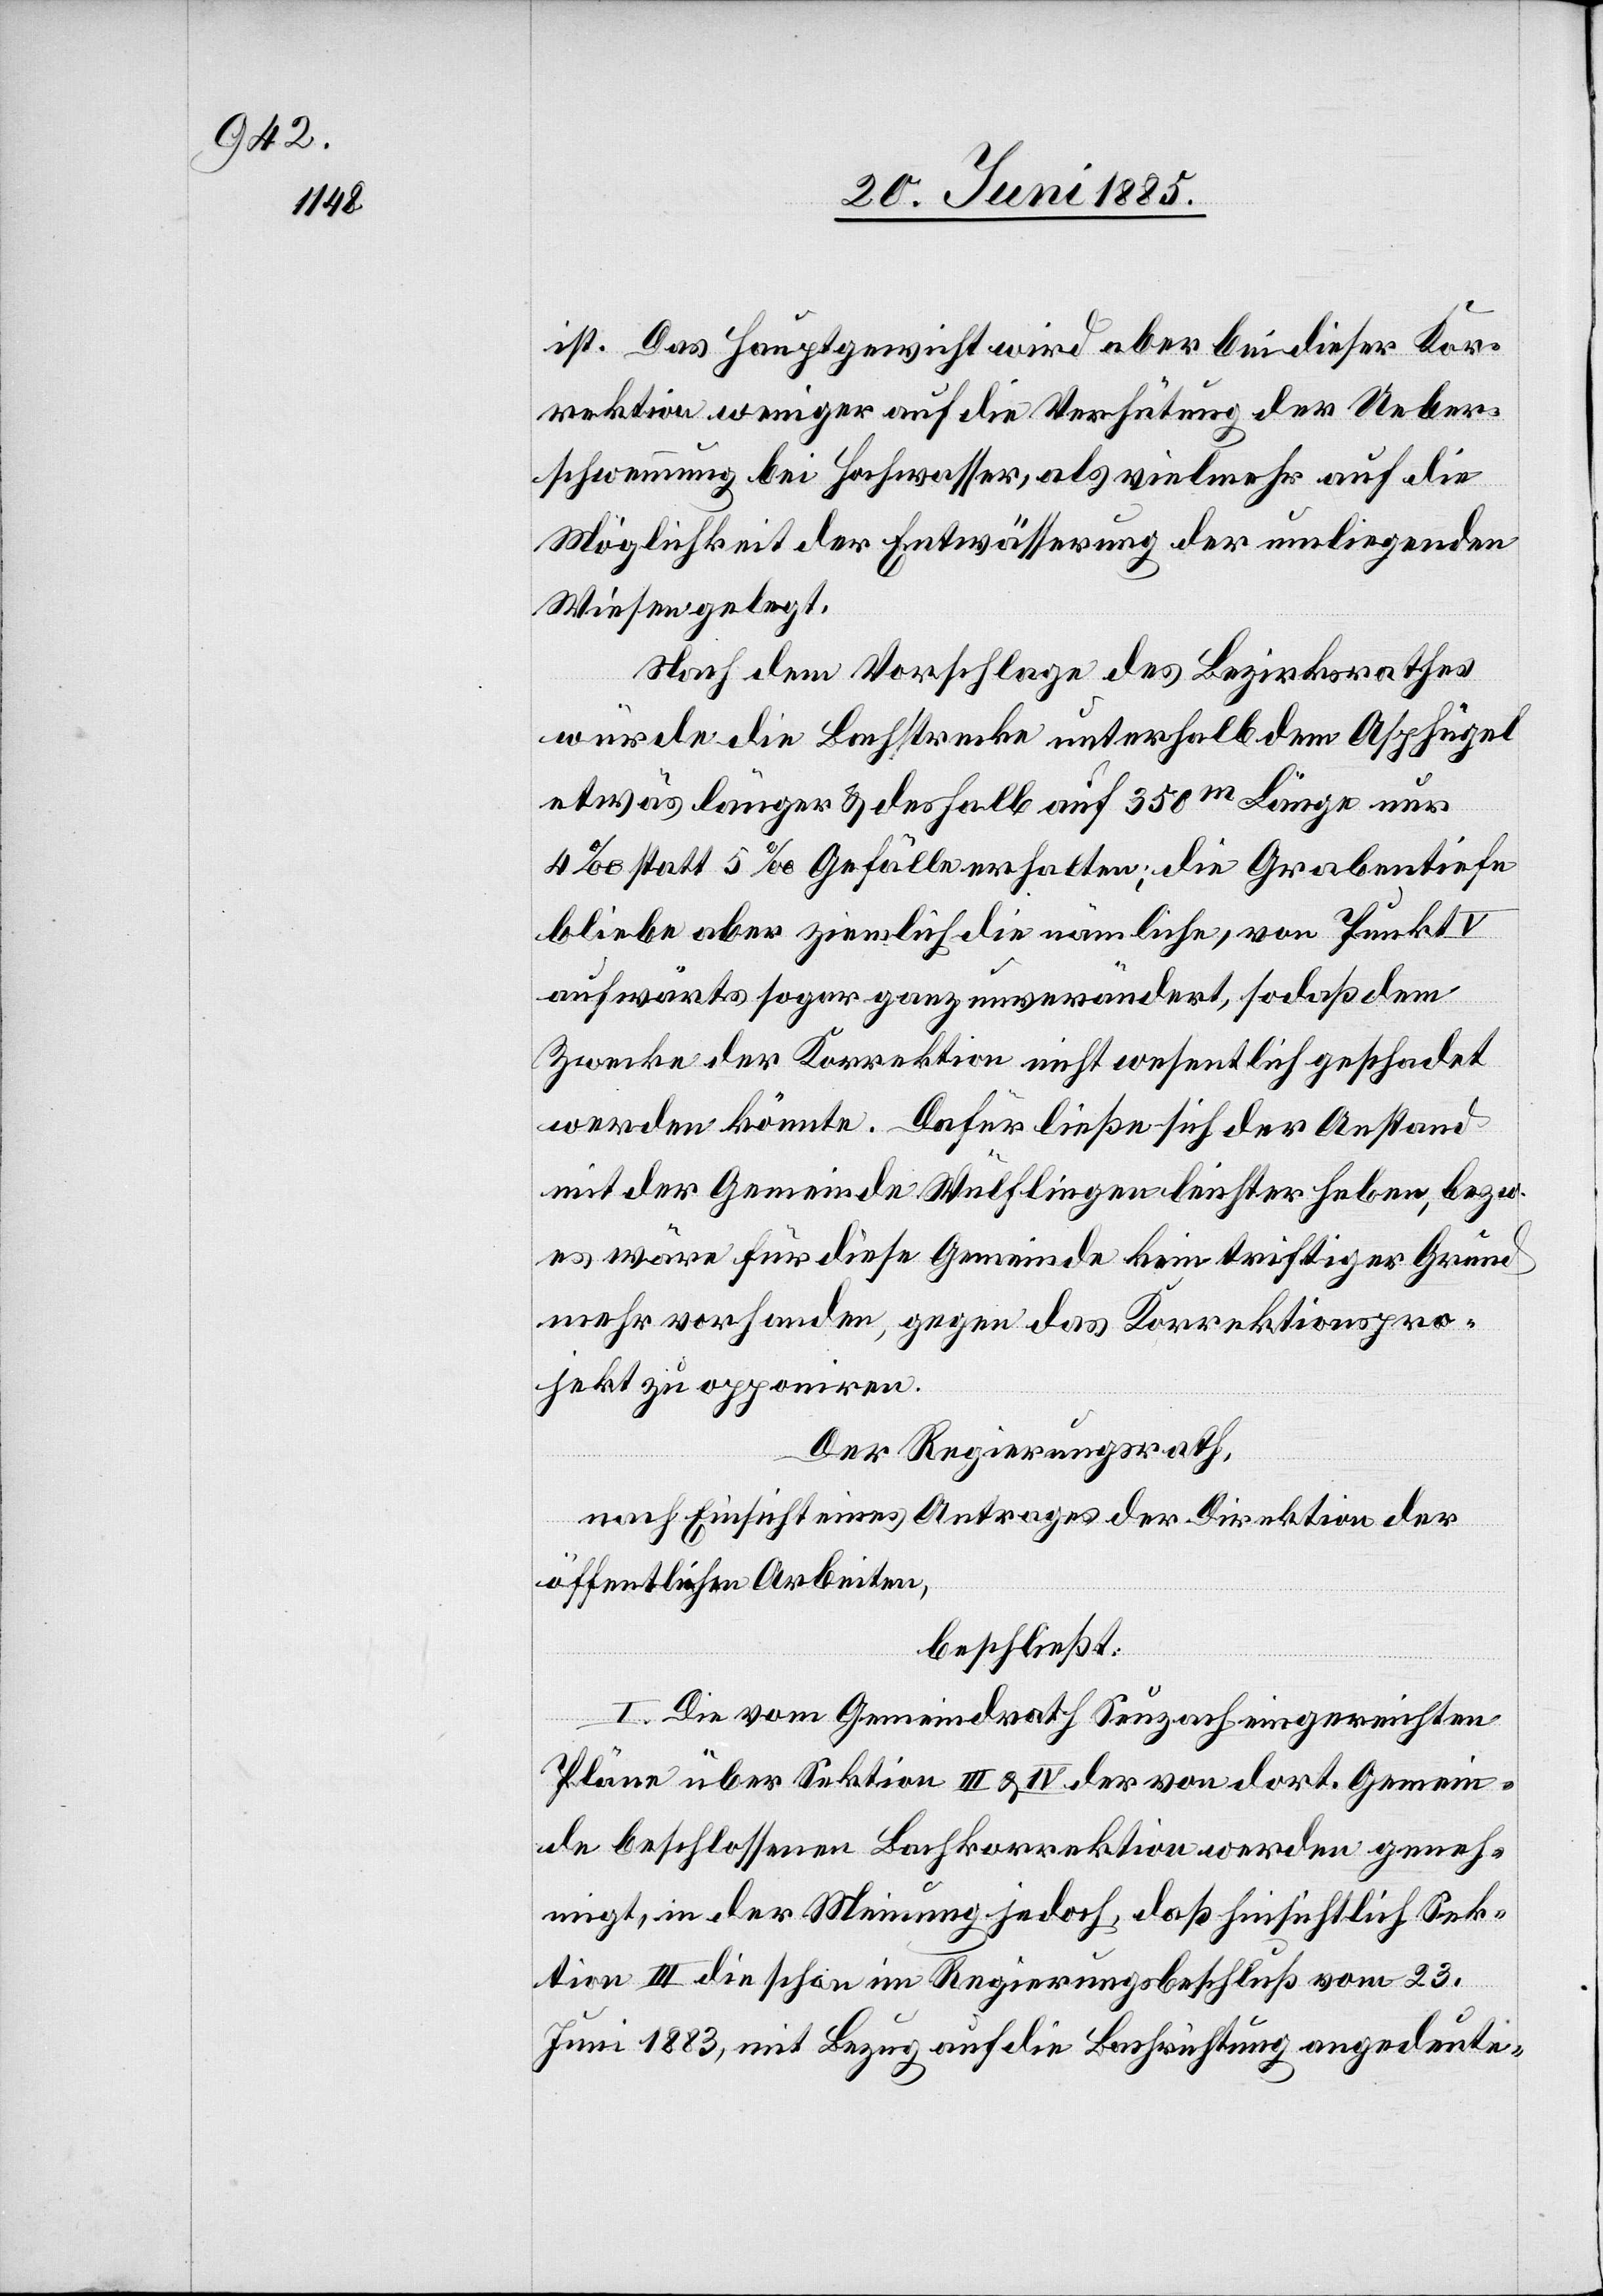
ist. Das Hauptgewicht wird aber bei dieser Kor¬
rektion weniger auf die Verhütung der Ueber¬
schwemmung bei Hochwasser, als vielmehr auf die
Möglichkeit der Entwässerung der umliegenden
Wiesen gelegt.
Nach dem Vorschlage des Bezirksrathes
würde die Bachstrecke unterhalb dem Asphügel
etwas länger & deshalb auf 350 m Länge nur
4‰ statt 5‰ Gefälle erhalten; die Grabentiefe
bliebe aber ziemlich die nämliche, von Punkt
aufwärts sogar ganz unverändert, so daß dem
Zwecke der Korrektion nicht wesentlich geschadet
werden könnte. Dafüt ließe sich der Anstand
mit der Gemeinde Wülflingen leichter haben, bezw.
es wäre für diese Gemeinde kein triftiger Grund
mehr vorhanden, gegen das Korrektionspro¬
jekt zu opponiren.
Der Regierungsrath,
nach Einsicht eines Antrages der Direktion der
öffentlichen Arbeiten,
I. Die vom Gemeindrath Seuzach eingereichten
Pläne über Sektion III & IV der von der dort. Gemein¬
de beschlossenen Bachkorrektion werden geneh¬
migt, in der Meinung jedoch, daß hinsichtlich Sek¬
tion III die schon im Regierungsbeschluß vom 23.
Juni 1883, mit Bezug auf die Bachrichtung angedeute-